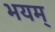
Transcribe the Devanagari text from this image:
भयम्